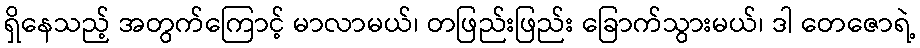
ရှိနေသည့် အတွက်ကြောင့် မာလာမယ်၊ တဖြည်းဖြည်း ခြောက်သွားမယ်၊ ဒါ တေဇောရဲ့